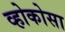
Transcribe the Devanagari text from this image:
व्होकोसा